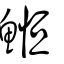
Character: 䱴